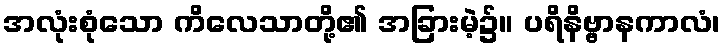
အလုံးစုံသော ကိလေသာတို့၏ အခြားမဲ့၌။ ပရိနိဗ္ဗာနကာလံ၊